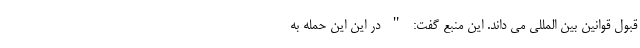
قبول قوانین بین المللی می داند. این منبع گفت: " در این این حمله به